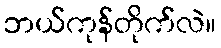
ဘယ်ကုန်တိုက်လဲ။